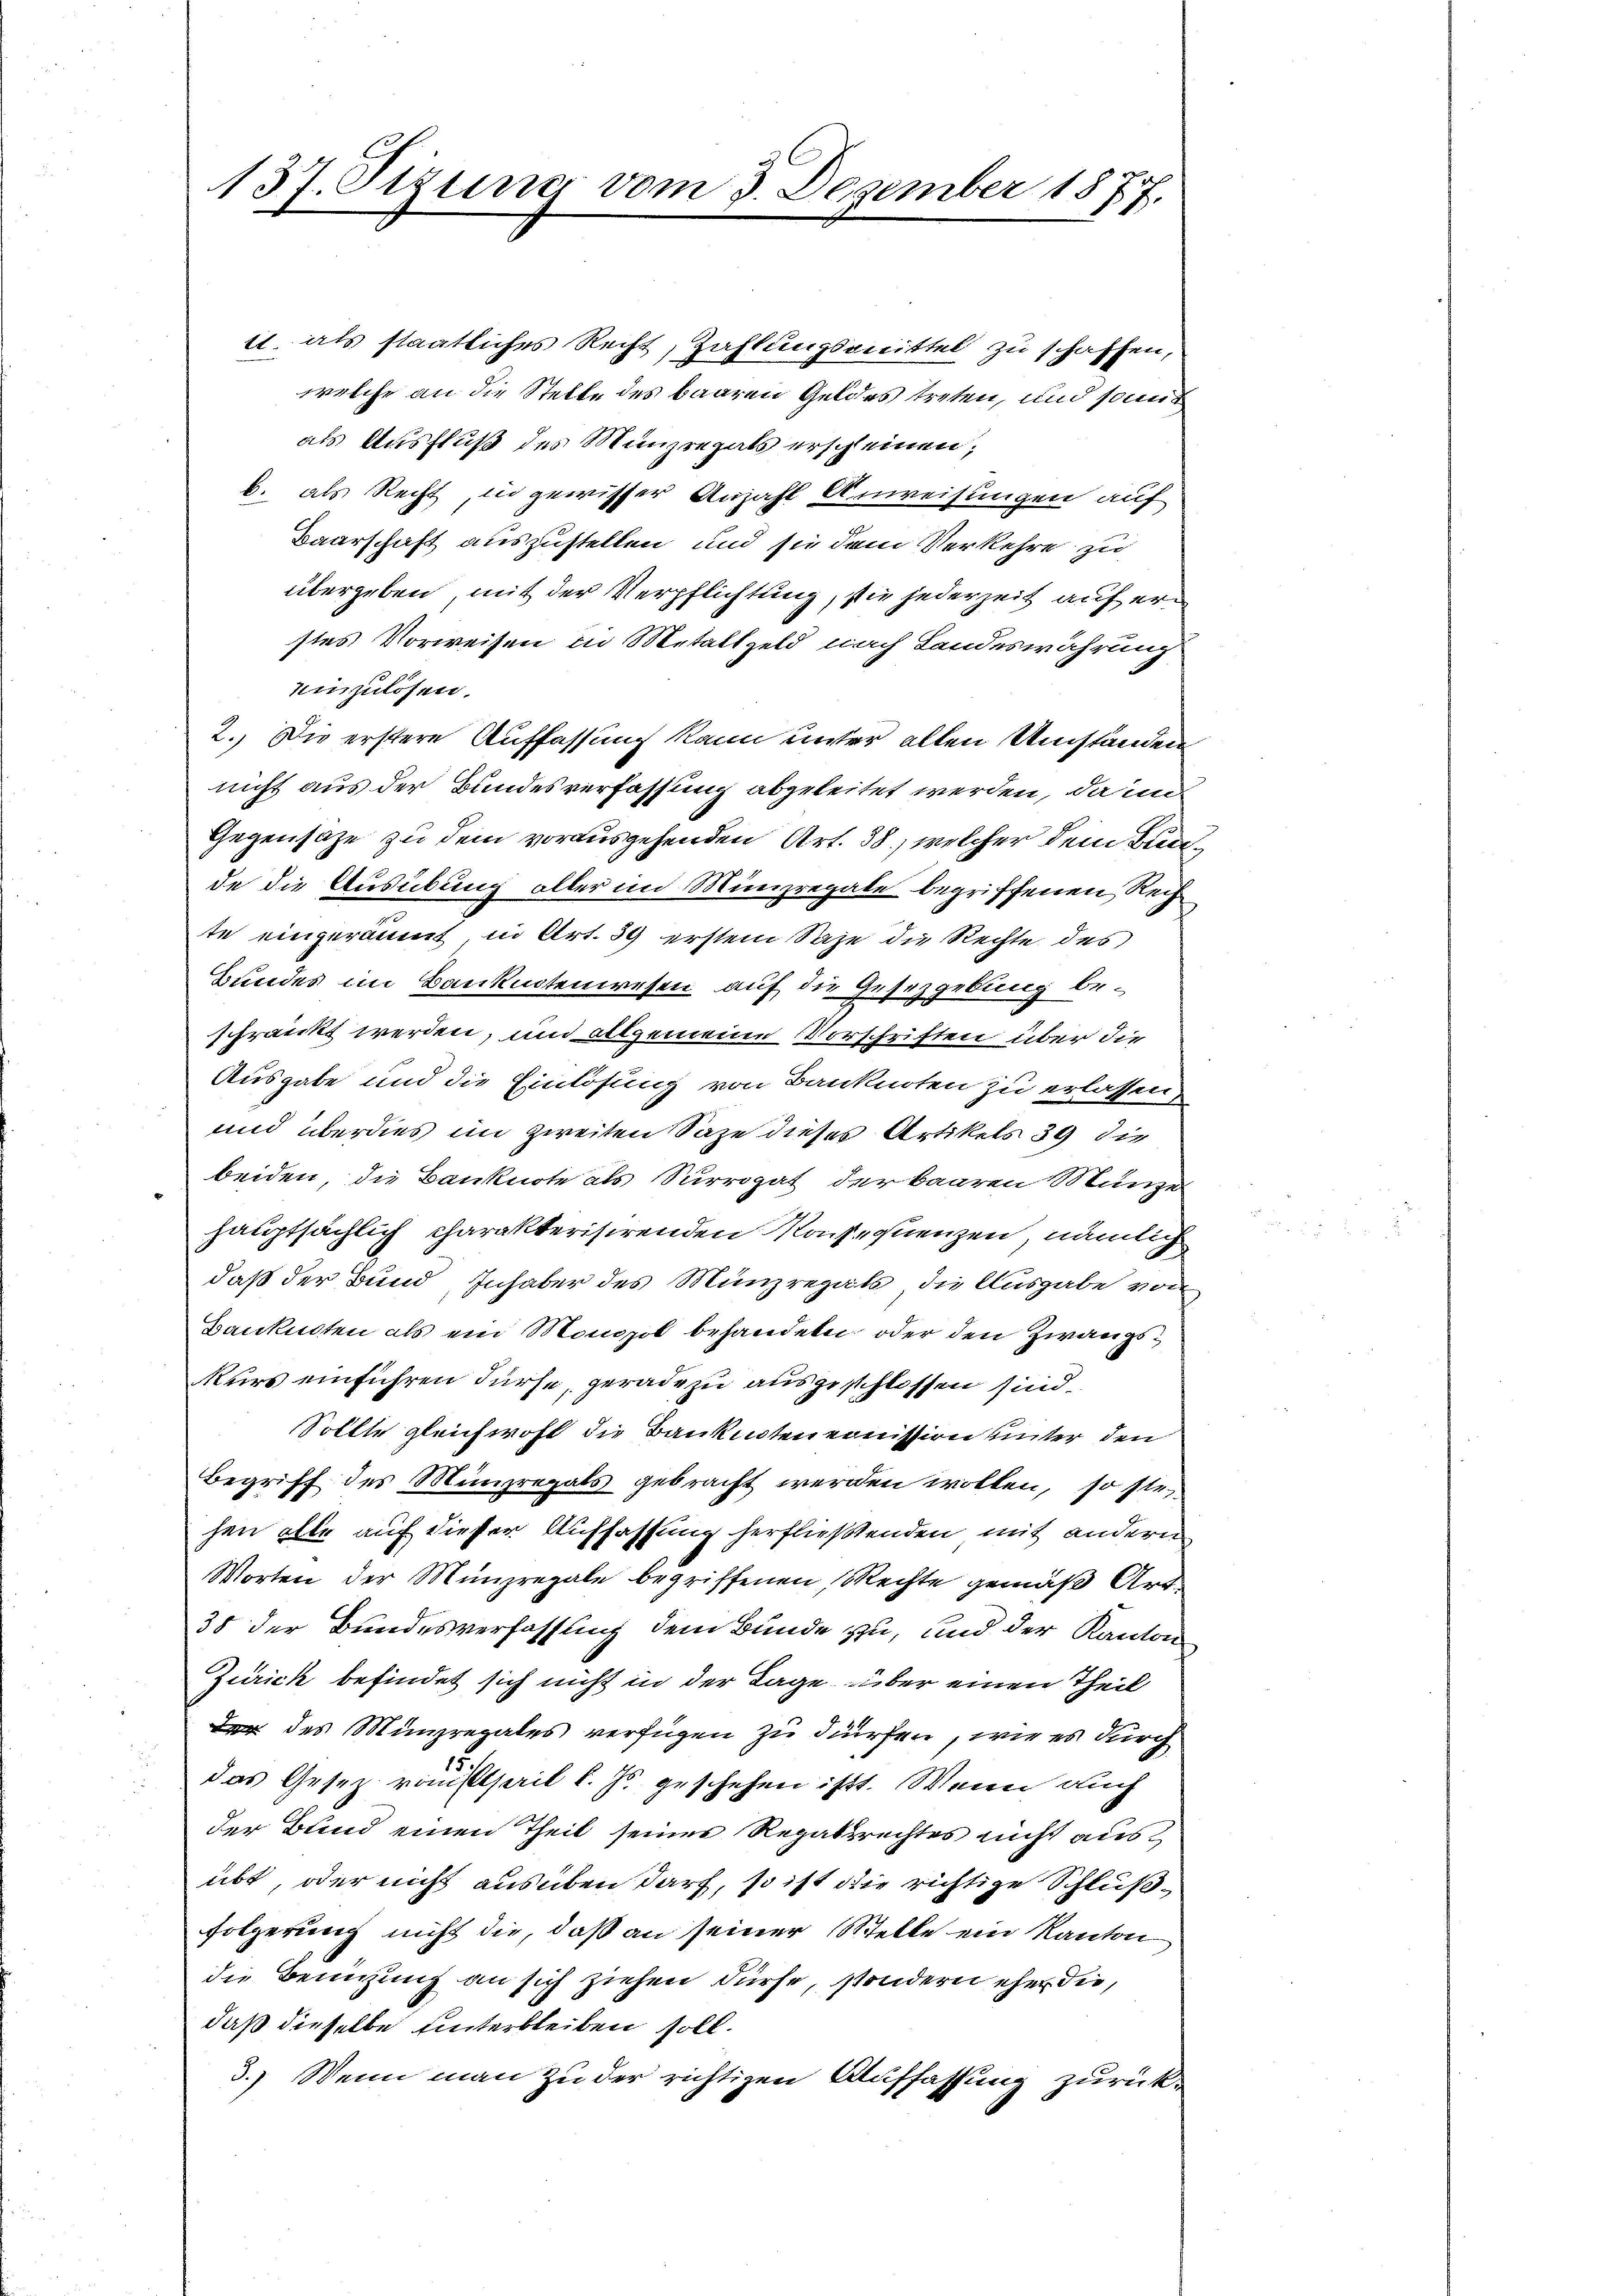
137. Sizung vom 3. Dezember 1877.

11. als staatliches Recht, Zahlungsmittel zu schaffen,
welche an die Stelle des baaren Geldes treten, und somit
als Ausfluß des Münzregals erscheinen;
b. als Recht, in gewisser Anzahl Anweisungen auf
Baarschaft auszustellen und sie dem Verkehre zu
übergeben, mit der Verpflichtung, sie jederzeit auf erstes Vorweisen in Metallgeld nach Landeswährung
einzulösen.
2. Die erstere Auffassung kann unter allen Umständen
nicht aus der Bundesverfassung abgeleitet werden, dann
Gegensatze zu dem vorausgehenden Art. 38, welcher dem Bunde die Ausübung aller im Münzregale begriffenen Rech
te eingeräumt in Art. 39 erstem Sage die Rechte des
Bundes im Banknotenwesen auf die Gesetzgebung beschränckt werden, un allgemeine Vorschriften über die
Ausgabe und die Einlösung von Banknoten zu erlassen,
und überdies im zweiten Saze dieses Artikels 39 die
beiden, die Banknote als Surrogat der baaren Münze
hauptsächlich charakterisirenden Konsequenzen, nämlich
daß der Bund Inhaber des Münzregals, die Ausgabe von
Banknoten als ein Monopol behandeln, oder den Zwangskurs einführen dürfe, geradezu ausgeschlossen sind.
Sollte gleichwohl die Bankisten ernission unter den
Begriff des Münzregals gebracht werden wollen, so sie
hen alle auf dieser Auffassung herfließenden mit andern
Worten der Münzregale begriffenen Rechte gemäß Art
38 der Bundesverfassung dem Bunde zu, und der Kanton
Zurick befindet sich nicht in der Tage über einen Theil
 des Münzregales verfügen zu dürfen, wie es durch
.
das Gesez rausspril l. Js. geschehen ist. Wenn auch
der Bund einen Theil seines Regalsrechtes nicht ausübt, oder nicht ausüben darf, so ist die richtige Schlußfolgerung nicht die, daß an seiner Stelle ein Kanton
die Bemühung an sich ziehen dürfe, sondern eher die
daß dieselbe unterbleiben soll.
3.) Wenn man zu der richtigen Auffassung zurück¬